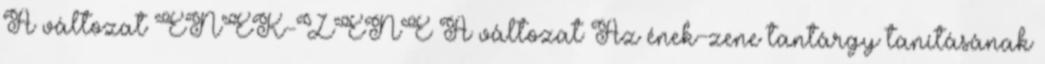
A változat ÉNEK-ZENE A változat Az ének-zene tantárgy tanításának